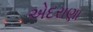
એદરાણા